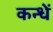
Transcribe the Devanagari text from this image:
कन्धें